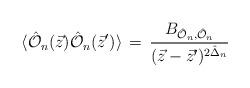
LaTeX: \begin{align*}\langle \hat {{\cal O}}_n(\vec{z}) \hat {{\cal O}}_n(\vec{z}')\rangle \, = \, \frac{B_{{\hat {{\cal O}}_n}, \hat {{\cal O}}_n}}{ (\vec{z}-\vec{z}')^{2\hat \Delta_n}}\,\end{align*}